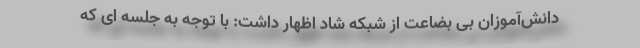
دانش‌آموزان بی بضاعت از شبکه شاد اظهار داشت: با توجه به جلسه ای که